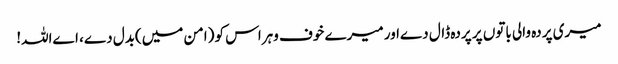
میری پردہ والی باتوں پر پردہ ڈال دےاور میرے خوف وہراس کو (امن میں)بدل دے، اےاللہ!